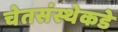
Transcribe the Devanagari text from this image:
चेतसंस्थेकडे